DOW-UAP-D74, Mission Report, Syria, November 2023
Agency: Department of War
Incident date: 11/9/23
Incident location: Syria
Page 5
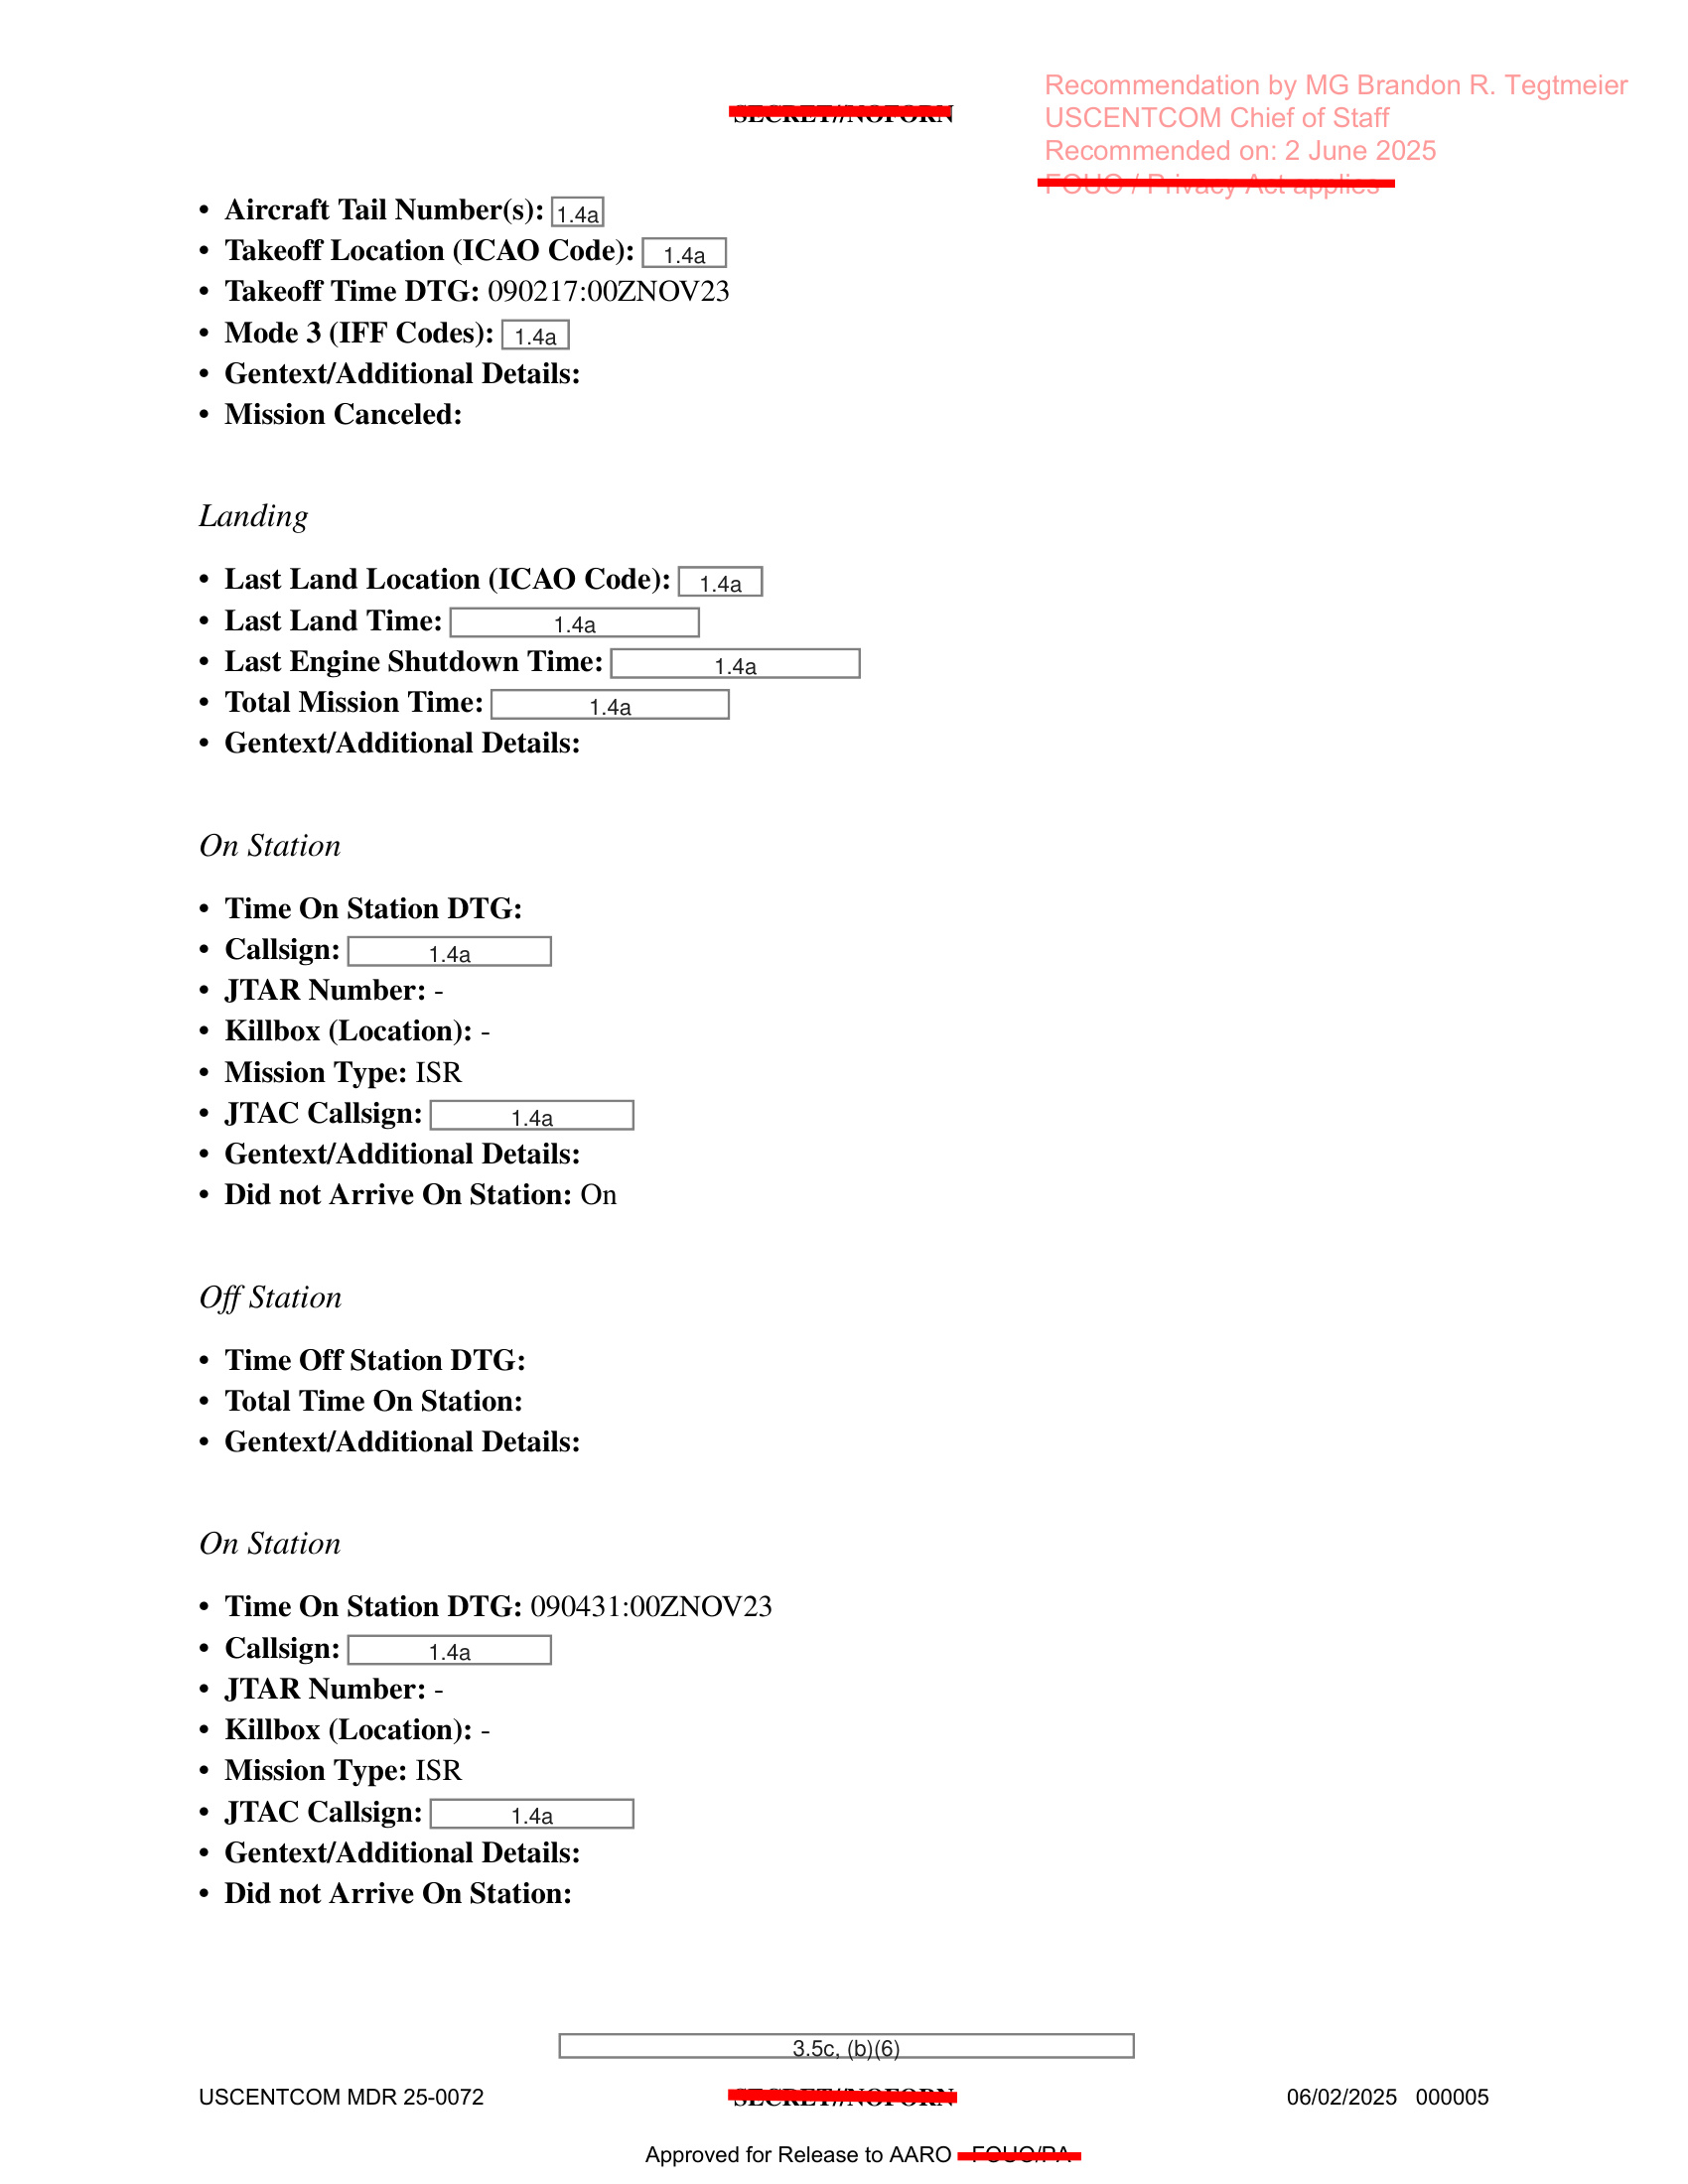